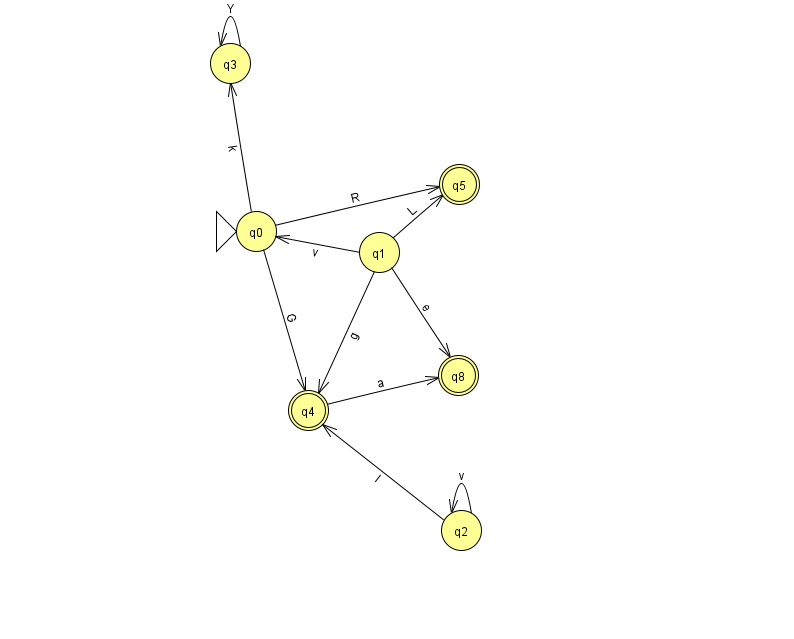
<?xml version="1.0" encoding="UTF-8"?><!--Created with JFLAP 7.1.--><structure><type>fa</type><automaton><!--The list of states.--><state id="0" name="q0"><x>256.0</x><y>218.0</y><initial/></state><state id="1" name="q1"><x>379.0</x><y>239.0</y></state><state id="2" name="q2"><x>461.0</x><y>517.0</y></state><state id="3" name="q3"><x>230.0</x><y>50.0</y></state><state id="4" name="q4"><x>308.0</x><y>397.0</y><final/></state><state id="5" name="q5"><x>459.0</x><y>171.0</y><final/></state><state id="8" name="q8"><x>458.0</x><y>362.0</y><final/></state><!--The list of transitions.--><transition><from>1</from><to>8</to><read>e</read></transition><transition><from>1</from><to>5</to><read>L</read></transition><transition><from>1</from><to>4</to><read>g</read></transition><transition><from>2</from><to>2</to><read>v</read></transition><transition><from>0</from><to>5</to><read>R</read></transition><transition><from>4</from><to>8</to><read>a</read></transition><transition><from>2</from><to>4</to><read>I</read></transition><transition><from>3</from><to>3</to><read>Y</read></transition><transition><from>0</from><to>3</to><read>k</read></transition><transition><from>1</from><to>0</to><read>v</read></transition><transition><from>0</from><to>4</to><read>G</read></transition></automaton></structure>